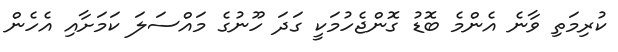
ކުރިމަތި ވާނެ އެންމެ ބޮޑު ގޮންޖެހުމަކީ ގަދަ ހޫނުގެ މައްސަލަ ކަމަށާއި އެހެން